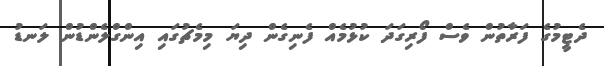
ދެޓީމުގެ ފަރާތުން ވެސް ފޯރިގަދަ ކުޅުމެއް ފެނިގެން ދިޔަ މިމެޗުގައި އިންގްލެންޑުން ލަނޑު